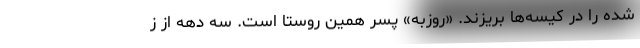
شده را در کیسه‌ها بریزند. «روزبه» پسر همین روستا است. سه دهه از ز